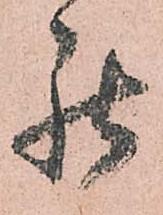
罷